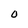
Character: 0